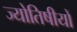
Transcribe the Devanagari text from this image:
ज्योतिषीयों